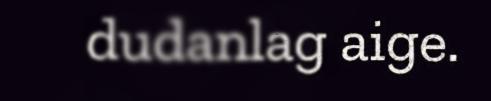
dudanlag aige.